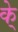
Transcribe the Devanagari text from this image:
के्